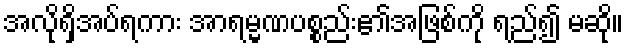
အလိုရှိအပ်ရကား အာရမ္မဏပစ္စည်း၏အဖြစ်ကို ရည်၍ မဆို။